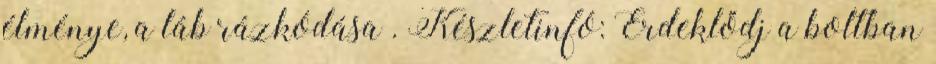
élménye, a láb rázkódása . Készletinfó: Érdeklődj a boltban